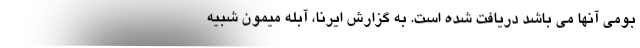
بومی آنها می باشد دریافت شده است. به گزارش ایرنا، آبله ‌میمون شبیه